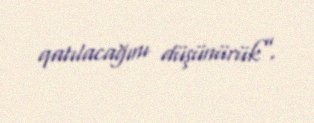
qatılacağını düşünürük”.